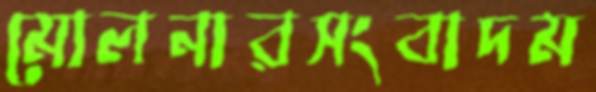
মোলনারসংবাদম